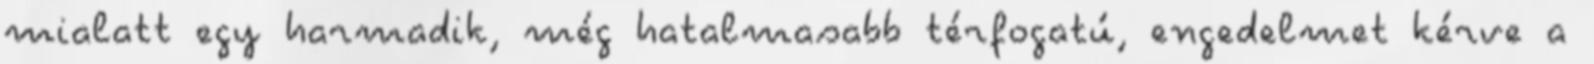
mialatt egy harmadik, még hatalmasabb térfogatú, engedelmet kérve a